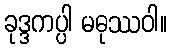
ခုဒ္ဒကပ္ပါ မဓုဿဝါ။